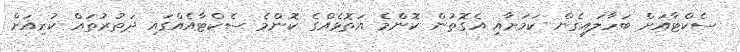
ސެކްޓާއަށް ބަހާލައިގެން ކަމަށާއި އެގޮތުން ކޮންމެ އަތޮޅެއްގެ ކޮންމެ ސެކްޓާއެއްގައި ދަތުރުތައް ކުރިއަށް